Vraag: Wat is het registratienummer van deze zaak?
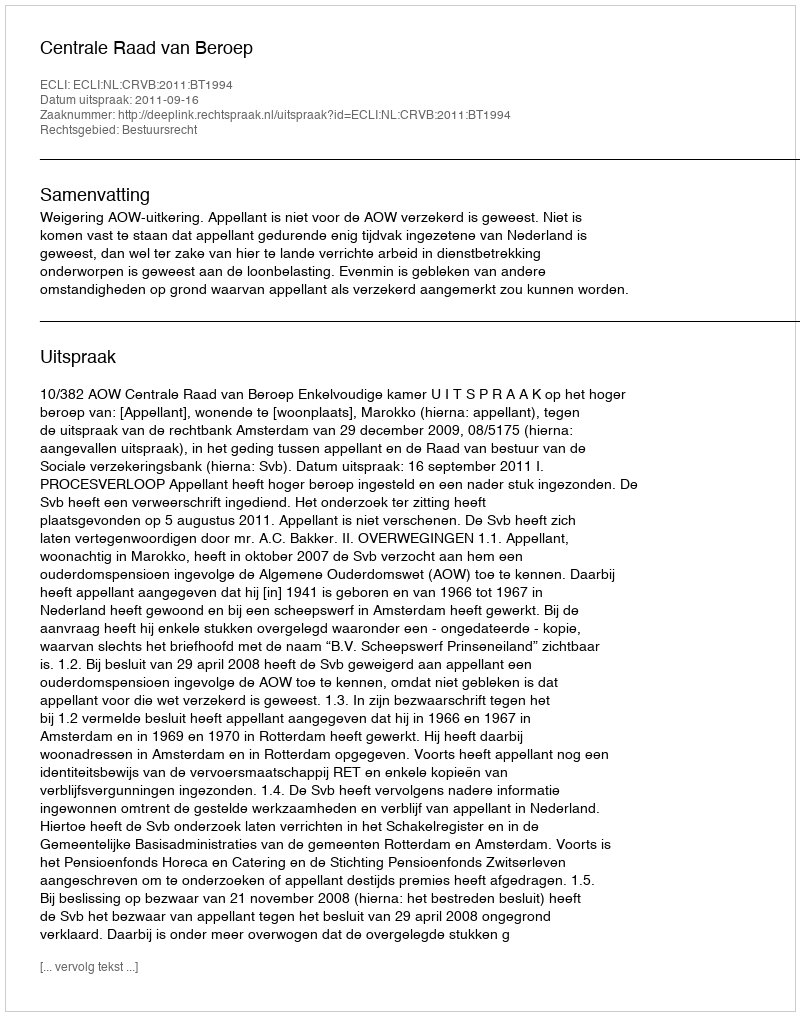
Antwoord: http://deeplink.rechtspraak.nl/uitspraak?id=ECLI:NL:CRVB:2011:BT1994